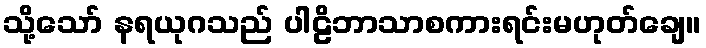
သို့သော် နရယုဂသည် ပါဠိဘာသာစကားရင်းမဟုတ်ချေ။